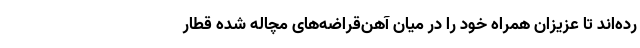
رده‌اند تا عزیزان همراه خود را در میان آهن‌قراضه‌های مچاله شده قطار